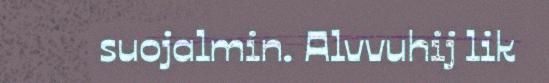
suojalmin. Alvvuhij lik